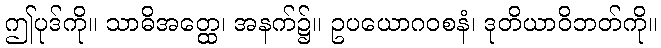
ဤပုဒ်ကို။ သာဓိအတ္ထေ၊ အနက်၌။ ဥပယောဂဝစနံ၊ ဒုတိယာဝိဘတ်ကို။